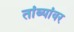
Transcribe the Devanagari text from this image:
तांब्यांवर